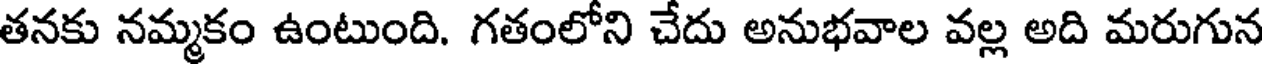
తనకు నమ్మకం ఉంటుంది. గతంలోని చేదు అనుభవాల వల్ల అది మరుగున